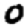
Digit: 0